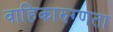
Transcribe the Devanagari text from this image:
वाहिकारुग्णता